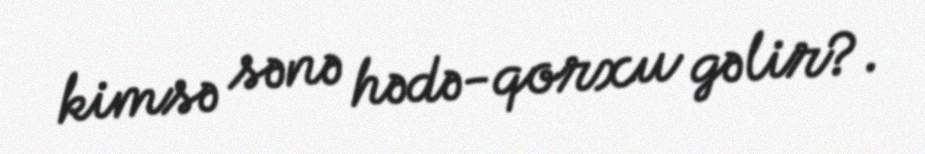
kimsə sənə hədə-qorxu gəlir?.